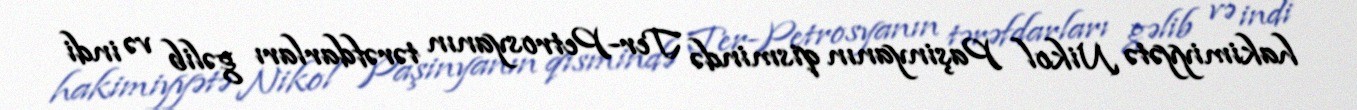
hakimiyyətə Nikol Paşinyanın qismində Ter-Petrosyanın tərəfdarları gəlib və indi